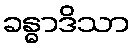
ခန္ဓာဒိသာ